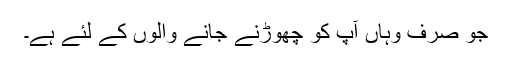
جو صرف وہاں آپ کو چھوڑنے جانے والوں کے لئے ہے۔